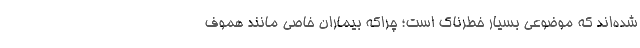
شده‌اند که موضوعی بسیار خطرناک است؛ چراکه بیماران خاصی مانند هموف